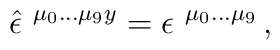
\hat{\epsilon}^{\ \mu_{0}\ldots\mu_{9} y} =\epsilon^{\ \mu_{0}\ldots\mu_{9}}\, ,